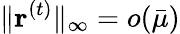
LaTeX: \| \mathbf{r}^{(t)}\| _{\infty}=o(\bar{\mu})